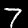
Digit: 7